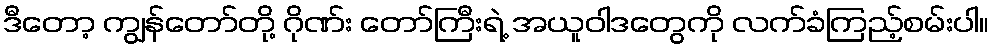
ဒီတော့ ကျွန်တော်တို့ ဂိုဏ်း တော်ကြီးရဲ့ အယူဝါဒတွေကို လက်ခံကြည့်စမ်းပါ။